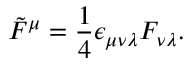
\tilde { F } ^ { \mu } = { \frac { 1 } { 4 } } \epsilon _ { \mu \nu \lambda } F _ { \nu \lambda } .